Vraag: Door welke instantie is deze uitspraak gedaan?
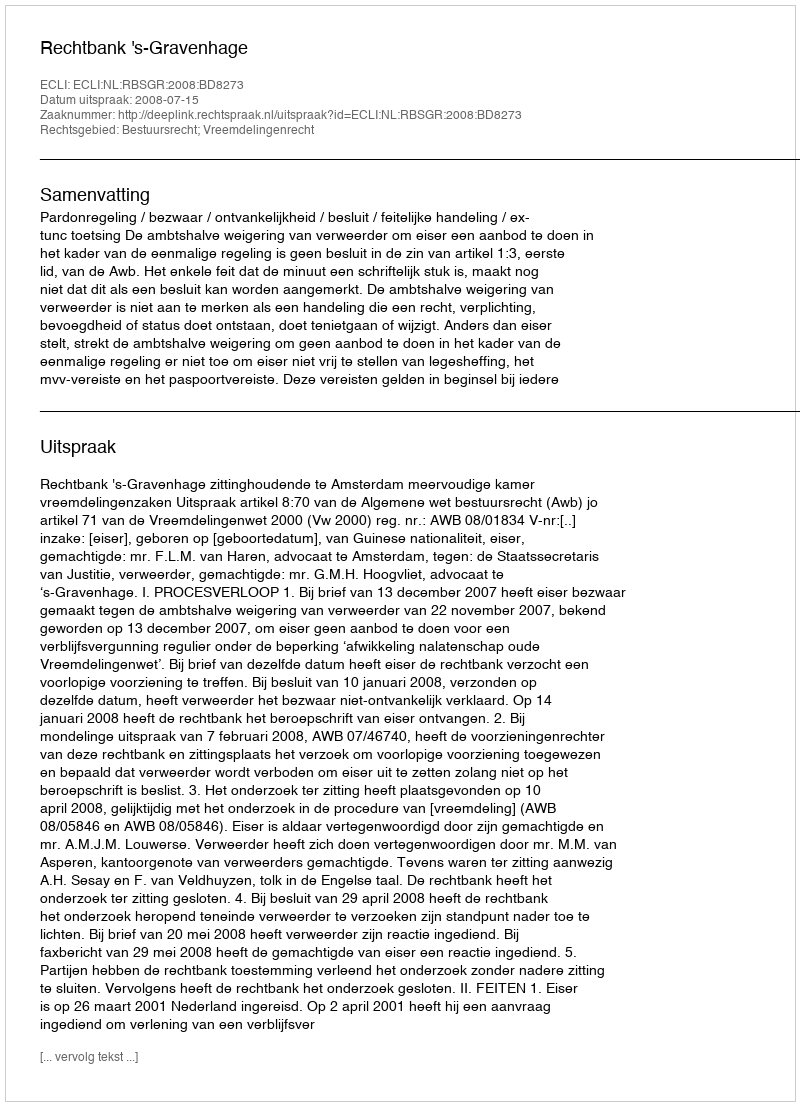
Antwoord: Rechtbank 's-Gravenhage